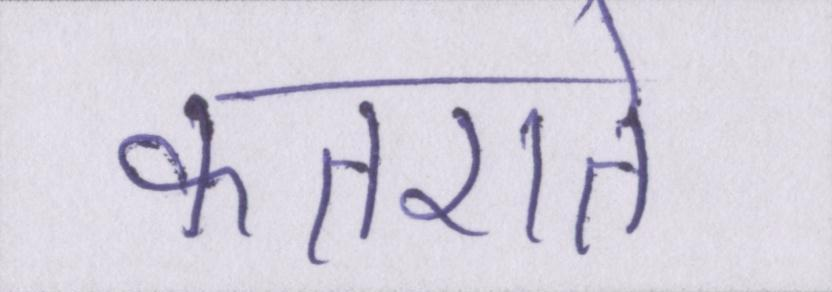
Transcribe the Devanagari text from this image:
कतराते